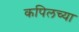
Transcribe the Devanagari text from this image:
कपिलच्या